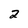
Character: 2